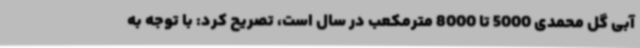
آبی گل محمدی 5000 تا 8000 مترمکعب در سال است، تصریح کرد: با توجه به